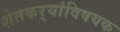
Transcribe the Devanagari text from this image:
शेतकर्‍यांविषयक